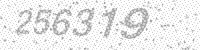
Solution: 256319